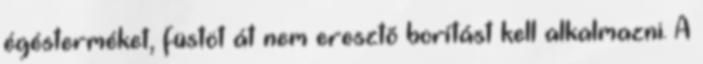
égésterméket, füstöt át nem eresztõ borítást kell alkalmazni. A